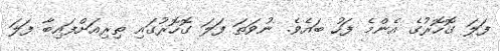
ފަލަ ގޮހޮރުގެ އެންމެ ފަހު ބައެވެ. ނުވަތަ ފަލަ ގޮހޮރުގައި ތިރިއަށްފައިބާ ފަލަ